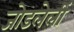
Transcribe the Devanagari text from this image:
जोडलेलीं